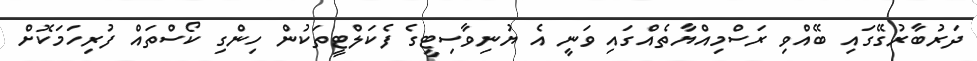
ދަރުބާރުގޭގައި ބޭއްވި ރަސްމިއްޔާތެއްގައި ވަނީ އެ ޔުނިވާސިޓީގެ ފެކަލްޓީތަކުން ހިންގި ކޯސްތައް ފުރިހަމަކޮށް